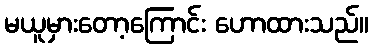
မယူမှားတော့ကြောင်း ဟောထားသည်။